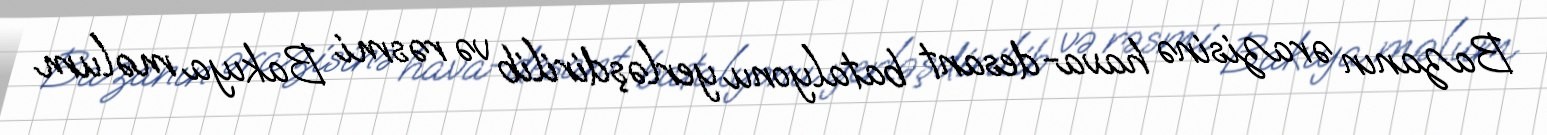
Bazanın ərazisinə hava-desant batalyonu yerləşdirilib və rəsmi Bakıya məlum